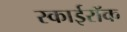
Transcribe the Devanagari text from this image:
स्काईरॉक